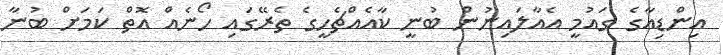
އިންޑިއާގެ ގައުމީ އެއާލައިނުން ބުނީ ކާއެއްޗެހީީގެ ތެރޭގައި ހޯނެއް އޮތް ކަމަށް ބުނާ